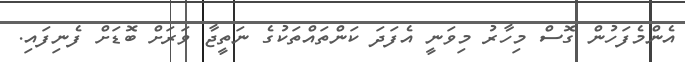
އެންމެފަހުން ގޮސް މިހާރު މިވަނީ އެފަދަ ކަންތައްތަކުގެ ނަތީޖާ ވަރަށް ބޮޑަށް ފެނިފައި.